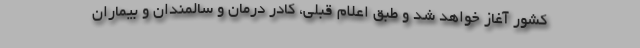
کشور آغاز خواهد شد و طبق اعلام قبلی، کادر درمان و سالمندان و بیماران